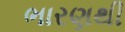
ભારણથી